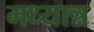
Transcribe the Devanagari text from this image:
मध्यान्न